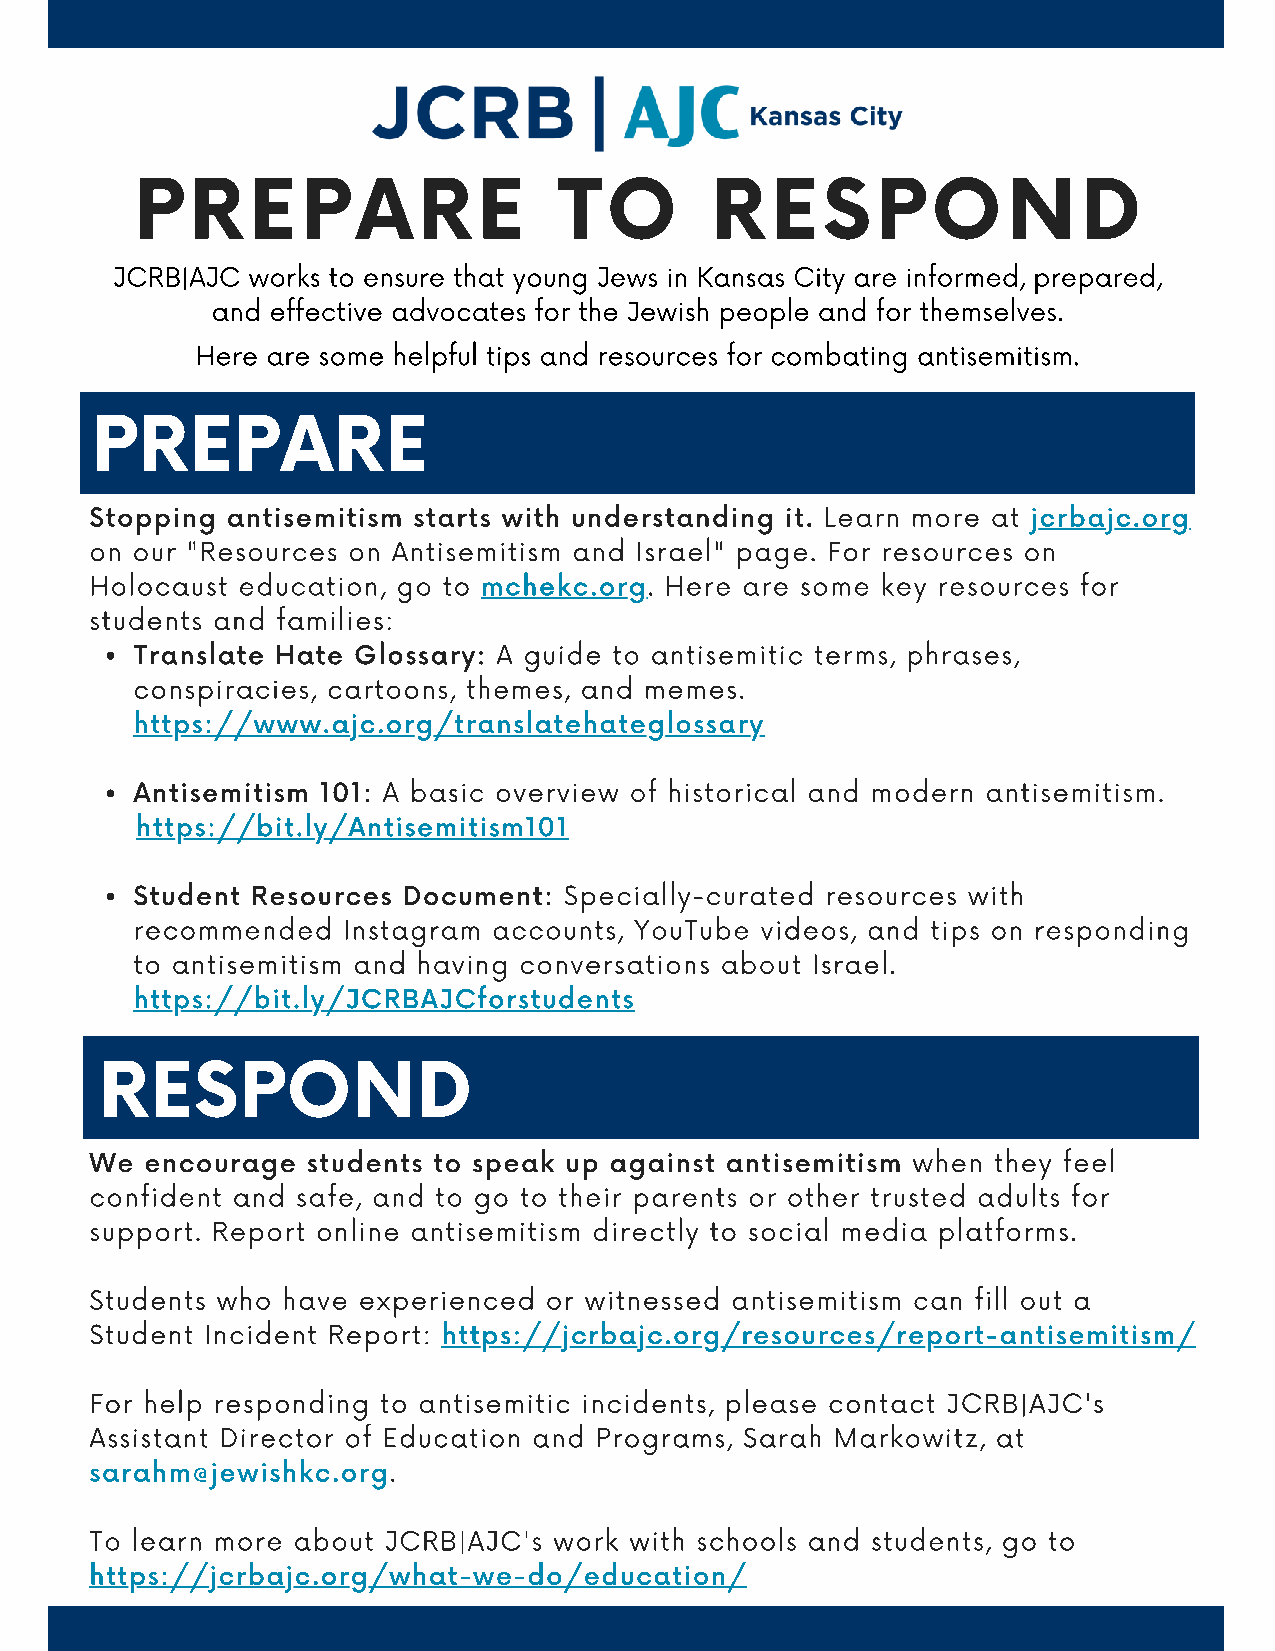
PREPARE                     TO        RESPOND
 JCRB|AJC works to ensure that young Jews in Kansas City are informed, prepared,
 and effective advocates for the Jewish people and for themselves.
 Here are some helpful tips and resources for combating antisemitism.
 LEARN
 PREPARE
 Stopping antisemitism starts with understanding it. Learn more at jcrbajc.org
 on our "Resources on Antisemitism and Israel" page. For resources on
 Holocaust education, go to mchekc.org. Here are some key resources for
 students and families:
 Translate Hate Glossary: A guide to antisemitic terms, phrases,
 conspiracies, cartoons, themes, and memes.
 https://www.ajc.org/translatehateglossary
 Antisemitism 101: A basic overview of historical and modern antisemitism.
 https://bit.ly/Antisemitism101
 Student Resources Document: Specially-curated resources with
 recommended   Instagram accounts, YouTube videos, and tips on responding
 to antisemitism and having conversations about Israel.
 https://bit.ly/JCRBAJCforstudents
 RESPOND
 We  encourage students to speak up against antisemitism when they feel
 confident and safe, and to go to their parents or other trusted adults for
 support. Report online antisemitism directly to social media platforms.
 Students who have experienced or witnessed antisemitism can fill out a
 Student Incident Report: https://jcrbajc.org/resources/report-antisemitism/
 For help responding to antisemitic incidents, please contact JCRB|AJC's
 Assistant Director of Education and Programs, Sarah Markowitz, at
 sarahm@jewishkc.org.
 To learn more about JCRB|AJC's work with schools and students, go to
 https://jcrbajc.org/what-we-do/education/